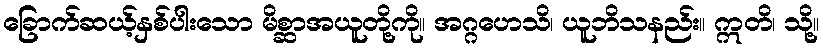
ခြောက်ဆယ့်နှစ်ပါးသော မိစ္ဆာအယူတို့ကို။ အဂ္ဂဟေသိ၊ ယူဘိသနည်း။ ဣတိ၊ သို့။